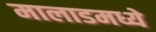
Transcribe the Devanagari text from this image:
मालाडमध्ये